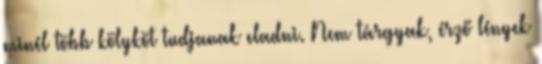
minél több kölyköt tudjanak eladni. Nem tárgyak, érző lények